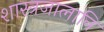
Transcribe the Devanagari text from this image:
शास्त्रजालानि